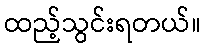
ထည့်သွင်းရတယ်။